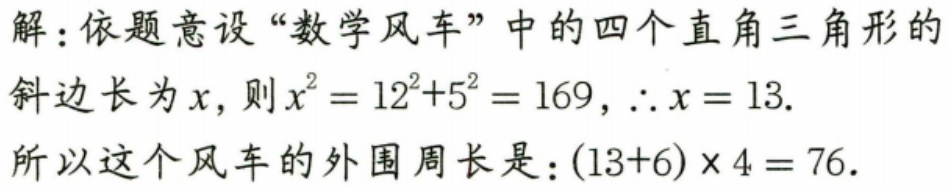
解：依题意设“数学风车”中的四个直角三角形的斜边长为\(x\)，则\(x^{2}=12^{2} + 5^{2}=169\)，\(\therefore x = 13\).
所以这个风车的外围周长是：\((13 + 6)\times4 = 76\).